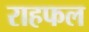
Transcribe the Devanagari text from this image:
राहफल